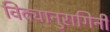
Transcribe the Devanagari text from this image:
विद्यानुरागिनी